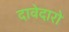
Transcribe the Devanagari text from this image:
दावेदारो